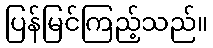
ပြန်မြင်ကြည့်သည်။